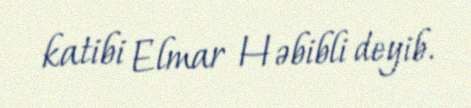
katibi Elmar Həbibli deyib.